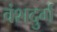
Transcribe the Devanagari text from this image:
वंशदुर्ग